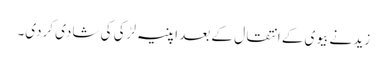
زید نے بیوی کے انتقال کے بعد اپنیہ لڑکی کی شادی کردی۔